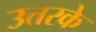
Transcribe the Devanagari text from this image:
उत्तरके